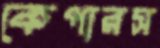
কেপারস